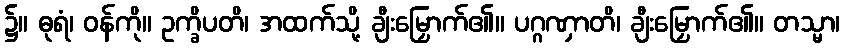
၌။ ဓုရံ၊ ဝန်ကို။ ဥက္ခိပတိ၊ အထက်သို့ ချီးမြှောက်၏။ ပဂ္ဂဏှာတိ၊ ချီးမြှောက်၏။ တသ္မာ၊